Calcutta medical institutions reports 1892-1900
Year: 1892
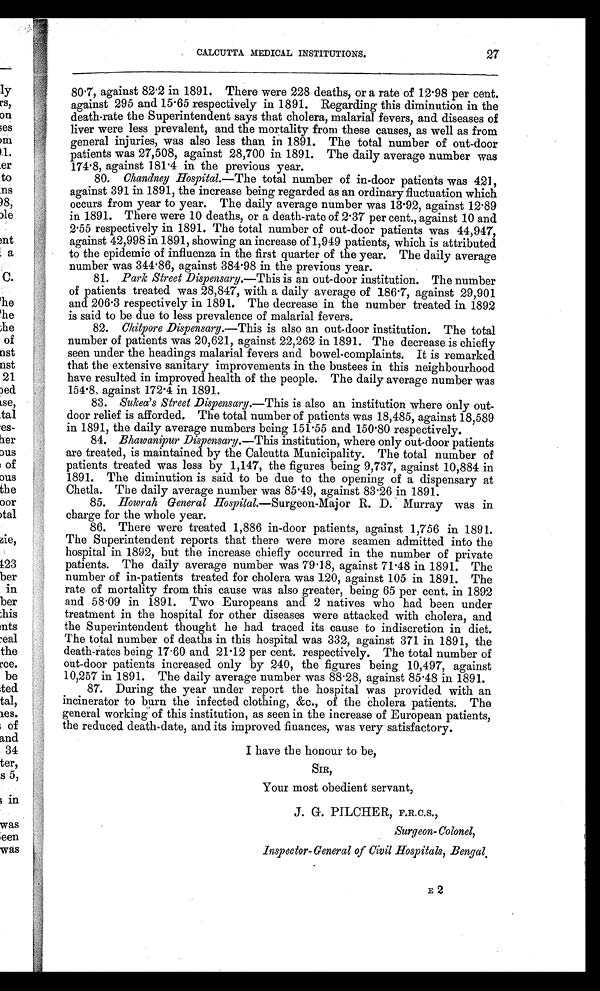
CALCUTTA MEDICAL INSTITUTIONS. 27
80.7, against 82.2 in 1891. There were 228 deaths, or a rate of 12.98 per cent.
against 295 and 15.65 respectively in 1891. Regarding this diminution in the
death-rate the Superintendent says that cholera, malarial fevers, and diseases of
liver were less prevalent, and the mortality from these causes, as well as from
general injuries, was also less than in 1891. The total number of out-door
patients was 27,508, against 28,700 in 1891. The daily average number was
174.8, against 181.4 in the previous year.
80.
Chandney Hospital.— The total number of in-door patients was 421,
against 391 in 1891, the increase being regarded as an ordinary fluctuation which
occurs from year to year. The daily average number was 13.92, against 12.89
in 1891. There were 10 deaths, or a death-rate of 2.37 per cent., against 10 and
2.55 respectively in 1891. The total number of out-door patients was 44,947,
against 42,998 in 1891, showing an increase of 1,949 patients, which is attributed
to the epidemic of influenza in the first quarter of the year. The daily average
number was 344.86, against 384.98 in the previous year.
81.
Park Street Dispensary.— This is an out-door institution. The number
of patients treated was 28,847, with a daily average of 186.7, against 29,901
and 206.3 respectively in 1891. The decrease in the number treated in 1892
is said to be due to less prevalence of malarial fevers.
82.
Chitpore Dispensary.— This is also an out-door institution. The total
number of patients was 20,621, against 22,262 in 1891. The decrease is chiefly
seen under the headings malarial fevers and bowel-complaints. It is remarked
that the extensive sanitary improvements in the bustees in this neighbourhood
have resulted in improved health of the people. The daily average number was
154.8 against 172.4 in 1891.
83.
Sukea's Street Dispensary.— This is also an institution where only out
- d o o r r e l i e f i s a f f o r d e d . T h e t o t a l n u m b e r o f p a t i e n t s w a s 1 8 , 4 8 5 , a g a i n s t 1 8 , 5 8 9
in 1891, the daily average numbers being 151.55 and 150.80 respectively.
84.
Bhawanipur Dispensary.— This institution, where only out-door patients
are treated, is maintained by the Calcutta Municipality. The total number of
patients treated was less by 1,147, the figures being 9,737, against 10,884 in
1891. The diminution is said to be due to the opening of a dispensary at
Chetla. The daily average number was 85.49, against 83.26 in 1891.
85.
Ho wr a h Ge n e r a l Ho s p i t a l . —
Surgeon-Major R. D. Murray was in
charge for the whole year.
86. There were treated 1,886 in-door patients, against 1,756 in 1891.
The Superintendent reports that there were more seamen admitted into the
hospital in 1892, but the increase chiefly occurred in the number of private
patients. The daily average number was 79.18, against 71.48 in 1891. The
number of in-patients treated for cholera was 120, against 105 in 1891. The
rate of mortality from this cause was also greater, being 65 per cent. in 1892
a n d 5 8 . 0 9 i n 1 8 9 1 . T wo E u r o p e a n s a n d 2 n a t i v e s wh o h a d b e e n u n d e r
treatment in the hospital for other diseases were attacked with cholera, and
the Superintendent thought he had traced its cause to indiscretion in diet.
The total number of deaths in this hospital was 332, against 371 in 1891, the
death-rates being 17.60 and 21.12 per cent. respectively. The total number of
out-door patients increased only by 240, the figures being 10,497, against
10,257 in 1891. The daily average number was 88.28, against 85.48 in 1891.
87. During the year under report the hospital was provided with an
incinerator to burn the infected clothing, &c., of the cholera patients. The
general working of this institution, as seen in the increase of European patients,
the reduced death-date, and its improved finances, was very satisfactory.
I have the honour to be,
SIR,
Your most obedient servant,
J. G. PILCHER, F.R.C.S.,
Surgeon-Colonel,
Inspector-General of Civil Hospitals, Bengal.
E2